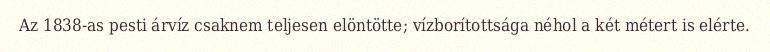
Az 1838-as pesti árvíz csaknem teljesen elöntötte; vízborítottsága néhol a két métert is elérte.